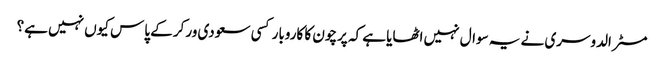
مسٹر الدوسری نے یہ سوال نہیں اٹھایا ہے کہ پرچون کا کاروبار کسی سعودی ورکر کے پاس کیوں نہیں ہے؟